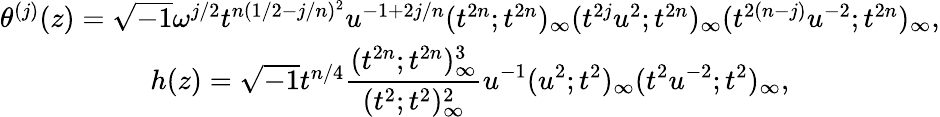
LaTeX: \begin{array}{c}{{\theta^{(j)}(z)=\sqrt{-1}\omega^{j/2}t^{n(1/2-j/n)^{2}}u^{-1+2j/n}(t^{2n};t^{2n})_{\infty}(t^{2j}u^{2};t^{2n})_{\infty}(t^{2(n-j)}u^{-2};t^{2n})_{\infty},}}\\ {{h(z)=\sqrt{-1}t^{n/4}\displaystyle\frac{(t^{2n};t^{2n})_{\infty}^{3}}{(t^{2};t^{2})_{\infty}^{2}}u^{-1}(u^{2};t^{2})_{\infty}(t^{2}u^{-2};t^{2})_{\infty},}}\end{array}